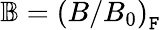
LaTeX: \mathbb{B}=\left(B/B_{0}\right)_{\mathtt{F}}